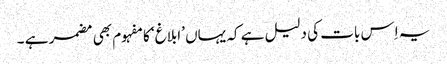
یہ اِس بات کی دلیل ہے کہ یہاں ’ابلاغ‘ کا مفہوم بھی مضمر ہے ۔